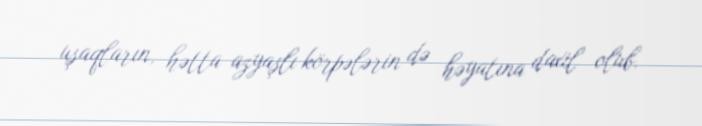
uşaqların, hətta azyaşlı körpələrin də həyatına daxil olub.